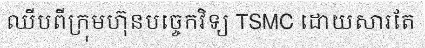
ឈីបពីក្រុមហ៊ុនបច្ចេកវិទ្យ TSMC ដោយសារតែ